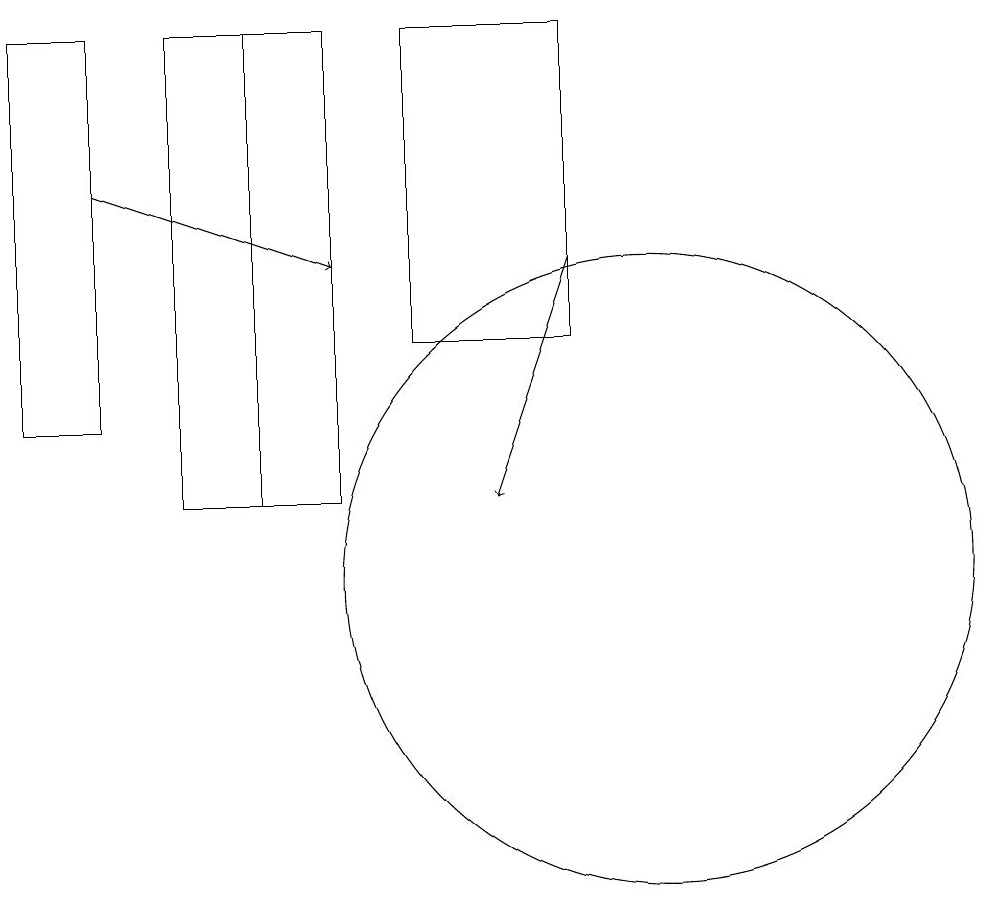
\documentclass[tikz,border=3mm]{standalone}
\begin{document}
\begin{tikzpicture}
\draw[->] (9,14) -- (8,11);
\draw (9,17) rectangle (7,13);
\draw (3,12) rectangle (2,17);
\draw (5,11) rectangle (6,17);
\draw (4,11) rectangle (6,17);
\draw[->] (3,15) -- (6,14);
\draw (10,10) circle (4);
\draw (10,10) circle (0);
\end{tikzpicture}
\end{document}